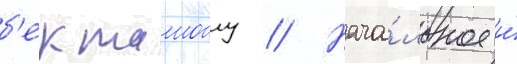
б'екташоглу // Нача́льное и́